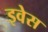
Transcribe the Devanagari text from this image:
इवेस